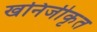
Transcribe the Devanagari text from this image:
खनिजीकृत